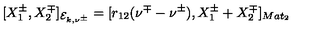
[ X _ { 1 } ^ { \pm } , X _ { 2 } ^ { \mp } ] _ { { \cal E } _ { k , \nu ^ { \pm } } } = [ r _ { 1 2 } ( \nu ^ { \mp } - \nu ^ { \pm } ) , X _ { 1 } ^ { \pm } + X _ { 2 } ^ { \mp } ] _ { M a t _ { 2 } }